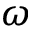
\omega